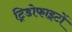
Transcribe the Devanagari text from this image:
ट्रिडोफाइटों